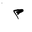
Letter: _mim